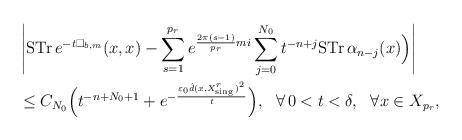
LaTeX: \begin{align*} &\left\vert \mathrm{STr\,}e^{-t\Box_{b,m}}(x,x)-\sum\limits^{p_r}_{s=1}e^{\frac{2\pi(s-1)}{p_r}mi}\sum^{N_0}_{j=0}t^{-n+j}\mathrm{STr\,}\alpha_{n-j}(x)\Bigr)\right\vert \\&\leq C_{N_0}\Bigr(t^{-n+N_0+1}+e^{-\frac{\varepsilon_0\hat d(x,X^r_{\mathrm{sing\,}})^2}{t}}\Bigr),\ \ \forall \,0<t<\delta,\ \ \forall x\in X_{p_r},\end{align*}